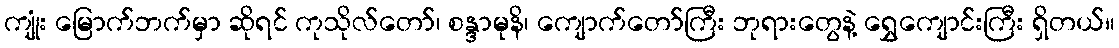
ကျုံး မြောက်ဘက်မှာ ဆိုရင် ကုသိုလ်တော်၊ စန္ဒာမုနိ၊ ကျောက်တော်ကြီး ဘုရားတွေနဲ့ ရွှေကျောင်းကြီး ရှိတယ်။